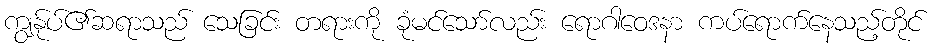
ကျွန်ုပ်၏ဆရာသည် သေခြင်း တရားကို ခုံမင်သော်လည်း ရောဂါဝေဒနာ ကပ်ရောက်နေသည့်တိုင်